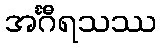
အင်္ဂီရသဿ